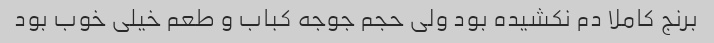
برنج کاملا دم نکشیده بود ولی حجم جوجه کباب و طعم خیلی خوب بود